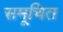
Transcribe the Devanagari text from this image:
समूचित